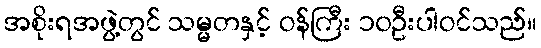
အစိုးရအဖွဲ့တွင် သမ္မတနှင့် ဝန်ကြီး ၁၀ဦးပါဝင်သည်။